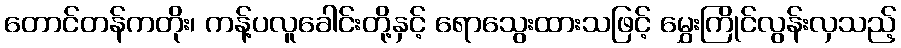
တောင်တန်ကတိုး၊ ကန့်ပလူခေါင်းတို့နှင့် ရောသွေးထားသဖြင့် မွှေးကြိုင်လွန်းလှသည့်